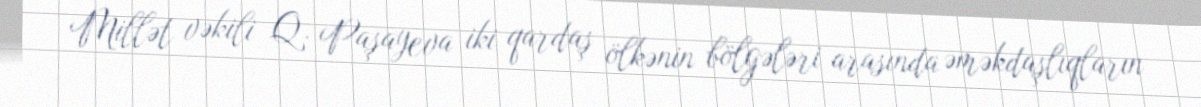
Millət vəkili Q. Paşayeva iki qardaş ölkənin bölgələri arasında əməkdaşlıqların